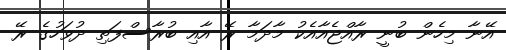
އޭނާ މިހެން ބުނީ ރާއްޖެއާއެކު މާދަމާ ރޭ އާއި ބުރާސްފަތި ދުވަހުގެ ރޭ